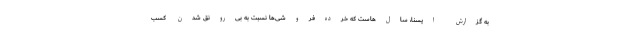
به گزارش ایسنا، سال‌هاست که خرده‌فروشی‌ها نسبت به بی‌رونق شدن کسب